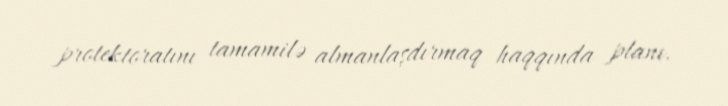
protektoratını tamamilə almanlaşdırmaq haqqında planı.